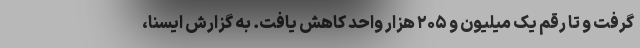
گرفت و تا رقم یک میلیون و ۲۰۵ هزار واحد کاهش یافت. به گزارش ایسنا،